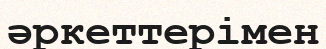
әркеттерімен